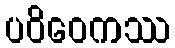
ပဝိဝေကဿ